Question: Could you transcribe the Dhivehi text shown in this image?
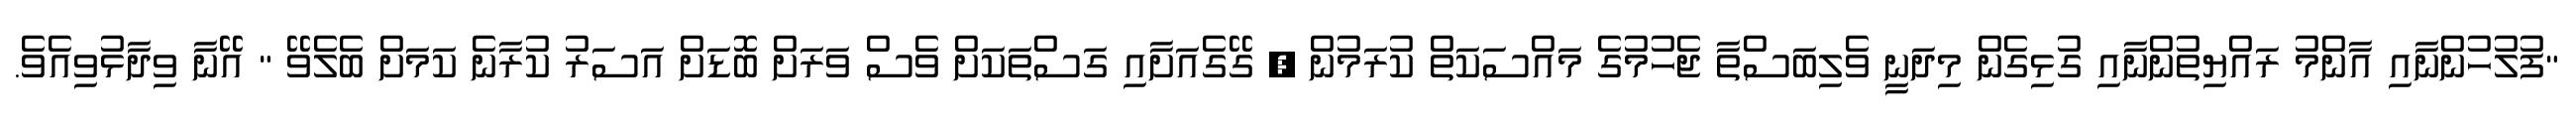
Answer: "ފުލުހުންނާއި އާންމު ރައްޔިތުންނާއި ގުޅިގެން މިދަނީ ވެލިބަސްތާ ޖެހުމުގެ މައްސަކަތް ކުރަމުން , ގޭގެއަށާއި ގަސްތަކަށް ވެސް ވަރަށް ބޮޑަށް އަސަރު ކުރާނެ ކަމަށް ބެލެވޭ " އޭނާ ވިދާޅުވިއެވެ.